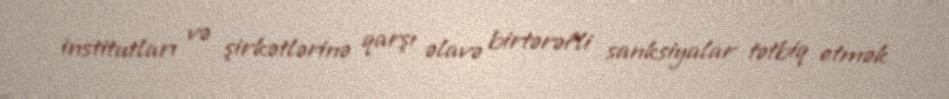
institutları və şirkətlərinə qarşı əlavə birtərəfli sanksiyalar tətbiq etmək